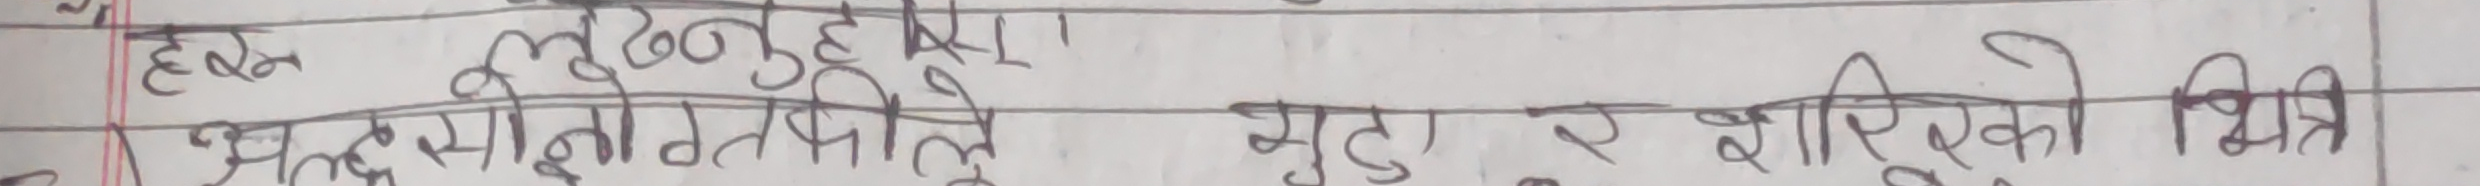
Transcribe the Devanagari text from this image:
हल्का ठनुहुन्छ।
अध्ययनितले गुडा र शशिएको मित्रि